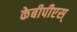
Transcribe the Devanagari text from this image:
केबीपीएस्‌